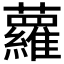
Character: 蘿